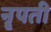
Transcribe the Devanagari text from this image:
नॄपती